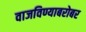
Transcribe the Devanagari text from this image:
वाजविण्याबरोबर